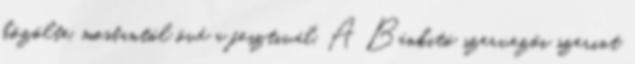
közölte, mostantól övé a fesztivál. A Bánkitó szervezői szerint